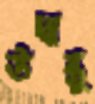
উদ্বাস্তু